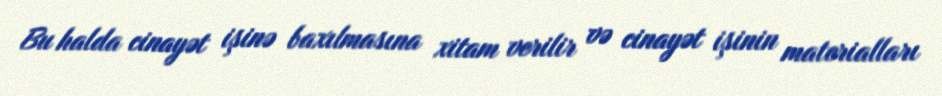
Bu halda cinayət işinə baxılmasına xitam verilir və cinayət işinin materialları